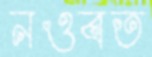
নওবত